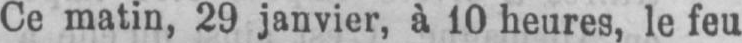
Ce matin, 29 janvier, à 10 heures, le feu